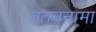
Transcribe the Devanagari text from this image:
वतननामा